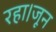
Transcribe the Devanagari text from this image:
रहा।जून